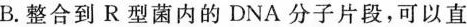
B.整合到R型菌内的DNA分子片段，可以直